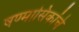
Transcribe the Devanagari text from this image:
षण्मासिकांचे